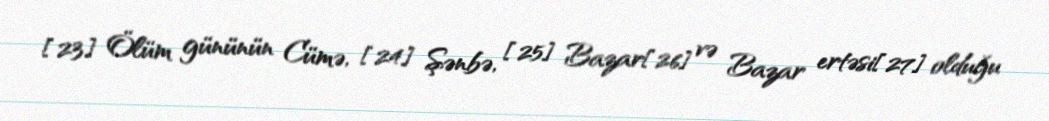
[23] Ölüm gününün Cümə, [24] Şənbə, [25] Bazar[26] və Bazar ertəsi[27] olduğu